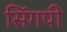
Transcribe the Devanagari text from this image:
सिंगपी